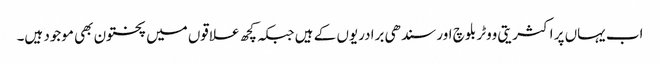
اب یہاں پر اکثریتی ووٹر بلوچ اور سندھی برادریوں کے ہیں جبکہ کچھ علاقوں میں پختون بھی موجود ہیں۔